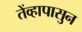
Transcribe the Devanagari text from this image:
तेंव्हापासुन